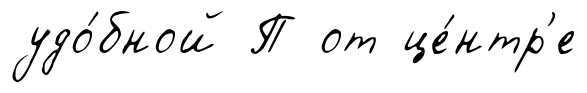
удо́бной П от це́нтр'е